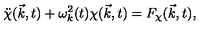
\ddot { \chi } ( \vec { k } , t ) + { \omega } _ { k } ^ { 2 } ( t ) { \chi } ( \vec { k } , t ) = F _ { \chi } ( \vec { k } , t ) ,